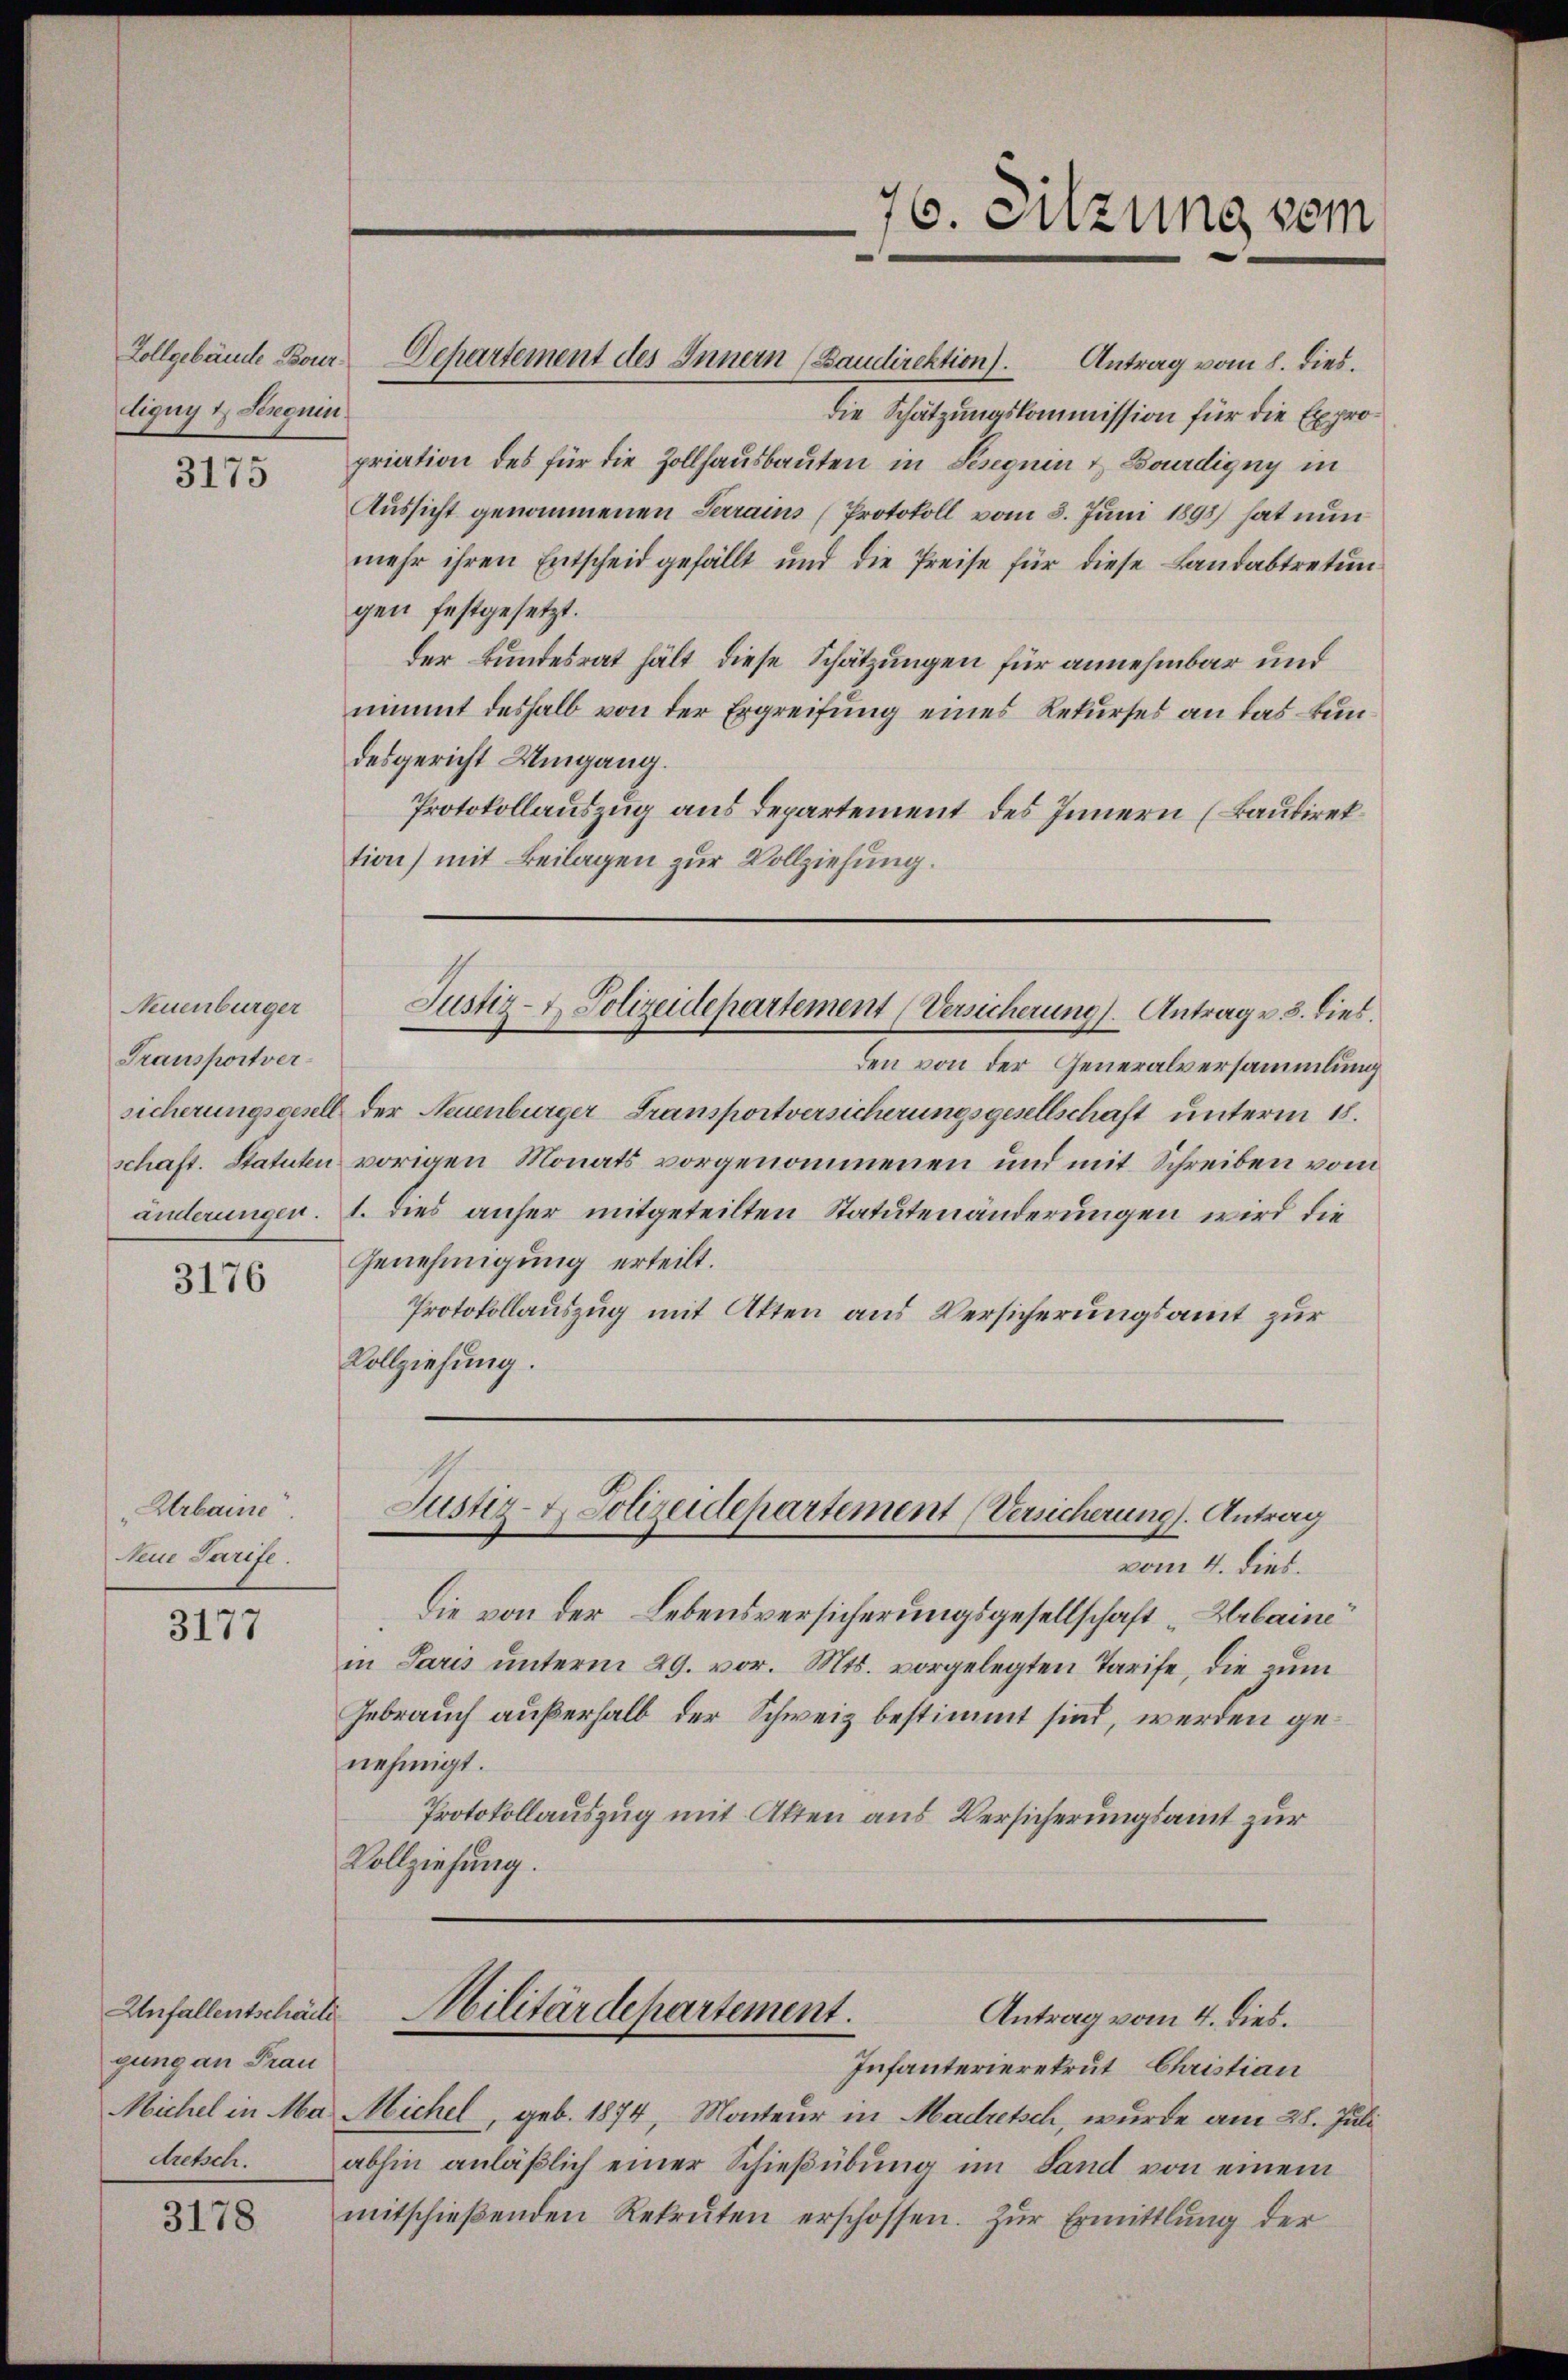
liquy t Seronin

3175

Neuenburger
Transportver-

3176

Arbaine.
Neue Tarife.

3177

gung an Frau
dretsch.

3178

Zollgebäude Bour Departement des Innern (Baudirektion).

Antrag vom 8. dies.
die Schätzungskommission für die Expropriation des für die Zollhausbauten in Seseguin & Bourdigny in
Aussicht genommenen Terrains (Protokoll vom 3. Juni 1893) hat nun
mehr ihren Entscheid gefällt und die Preise für diese Landabtretun
gen festgesetzt.
der Bundesrat hält, diese Schätzungen für annehmbar und
nimmt deshalb von der Ergreifung eines Rekurses an das kundesgericht Umgang.
Protokollauszug aus Departement des Innern (Baudirektion) mit Beilagen zur Vollziehung.

Justiz- & Polizeidepartement (Versicherung ( Antrag v. 3. dies

den von der Generalversammlung
sicherungsgesell der Neuenburger Fransportversicherungsgesellschaft unterm 18.
schaft. Statuten vorigen Monats vorgenommenen und mit Schreiben vom
änderungen. 1. dies anher mitgeteilten Statutenänderungen wird die
Genehmigung erteilt.
Protokollauszug mit Akten aus Versicherungsamt zur
Vollziehung.

Justiz- & Polizeidepartement (Versicherung). Antrag
vom 4. dies.

Die von der Lebensversicherungsgesellschaft „Arbaine
in Paris unterm 29. vor. Mts. vorgelegten Tarife, die zum
Gebrauch außerhalb der Schweiz bestimmt sind, werden genehmigt.
Protokollauszug mit Akten aus Versicherungsamt zur
Vollziehung.

76. Sitzung vom

Unfallentschäfte Militärdepartement.
Antrag vom 4. dies.

Infanterierekrut Christian
Michel in Ma Michel, geb. 1874, Monteur in Madretsch, wurde am 28. Juli
abhin anläßlich einer Schießübung im Sand von einem
mitschieβenden Rekruten erschossen. Zŭr Ermittlung der